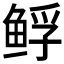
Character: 𱇲